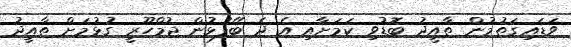
ވަޑައިގަތުމުން ތާއީދު ބޮޑުވި ކަމަށާއި އެ ދެ ބޭފުޅުން ޖުމްހޫރީ ގުޅުމަށް ތާއީދު